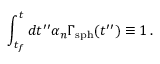
\int _ { t _ { f } } ^ { t } d t ^ { \prime \prime } \alpha _ { n } \Gamma _ { \mathrm { s p h } } ( t ^ { \prime \prime } ) \equiv 1 \, .